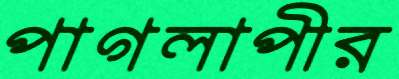
পাগলাপীর